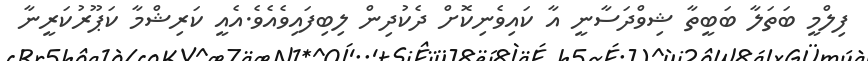
ފިލްމީ ބަތަލާ ބަބީތާ ޝިވްދަސާނީ އާ ކައިވެނިކޮށް ދެކުދިން ލިބިފައިވެއެވެ.އެއީ ކަރިޝްމާ ކަޕޫރުކަރީނާ